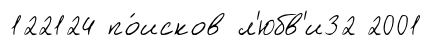
122124 по́исков л'юбв'и32 2001